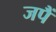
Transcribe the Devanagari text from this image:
जपैं